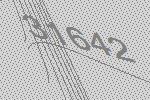
31642